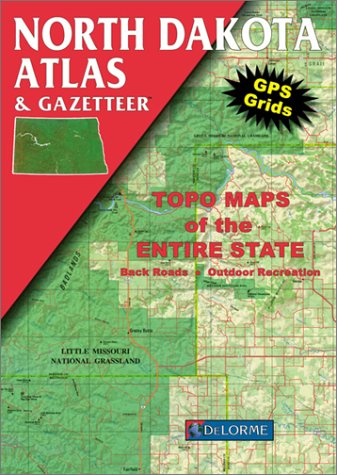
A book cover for North Dakota Atlas and Gazetteer (Delorme Atlas and Gazetteer Series); DeLorme Mapping Company; Travel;